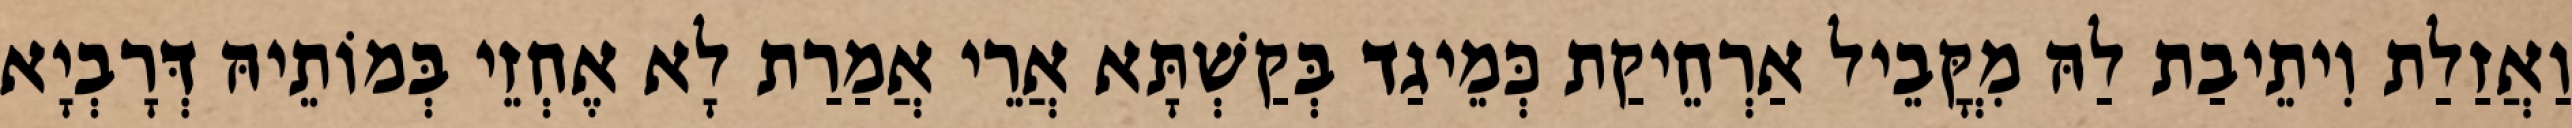
וַאֲזַלַת וִיתֵיבַת לַהּ מִקֳּבֵיל אַרְחֵיקַת כְּמֵיגַד בְּקַשְׁתָּא אֲרֵי אֲמַרַת לָא אֶחְזֵי בְּמוֹתֵיהּ דְּרָבְיָא